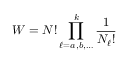
W = N ! \prod _ { \ell = a , b , \ldots } ^ { k } { \frac { 1 } { N _ { \ell } ! } }